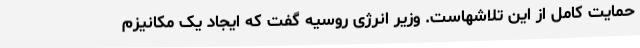
حمایت کامل از این تلاشهاست. وزیر انرژی روسیه گفت که ایجاد یک مکانیزم